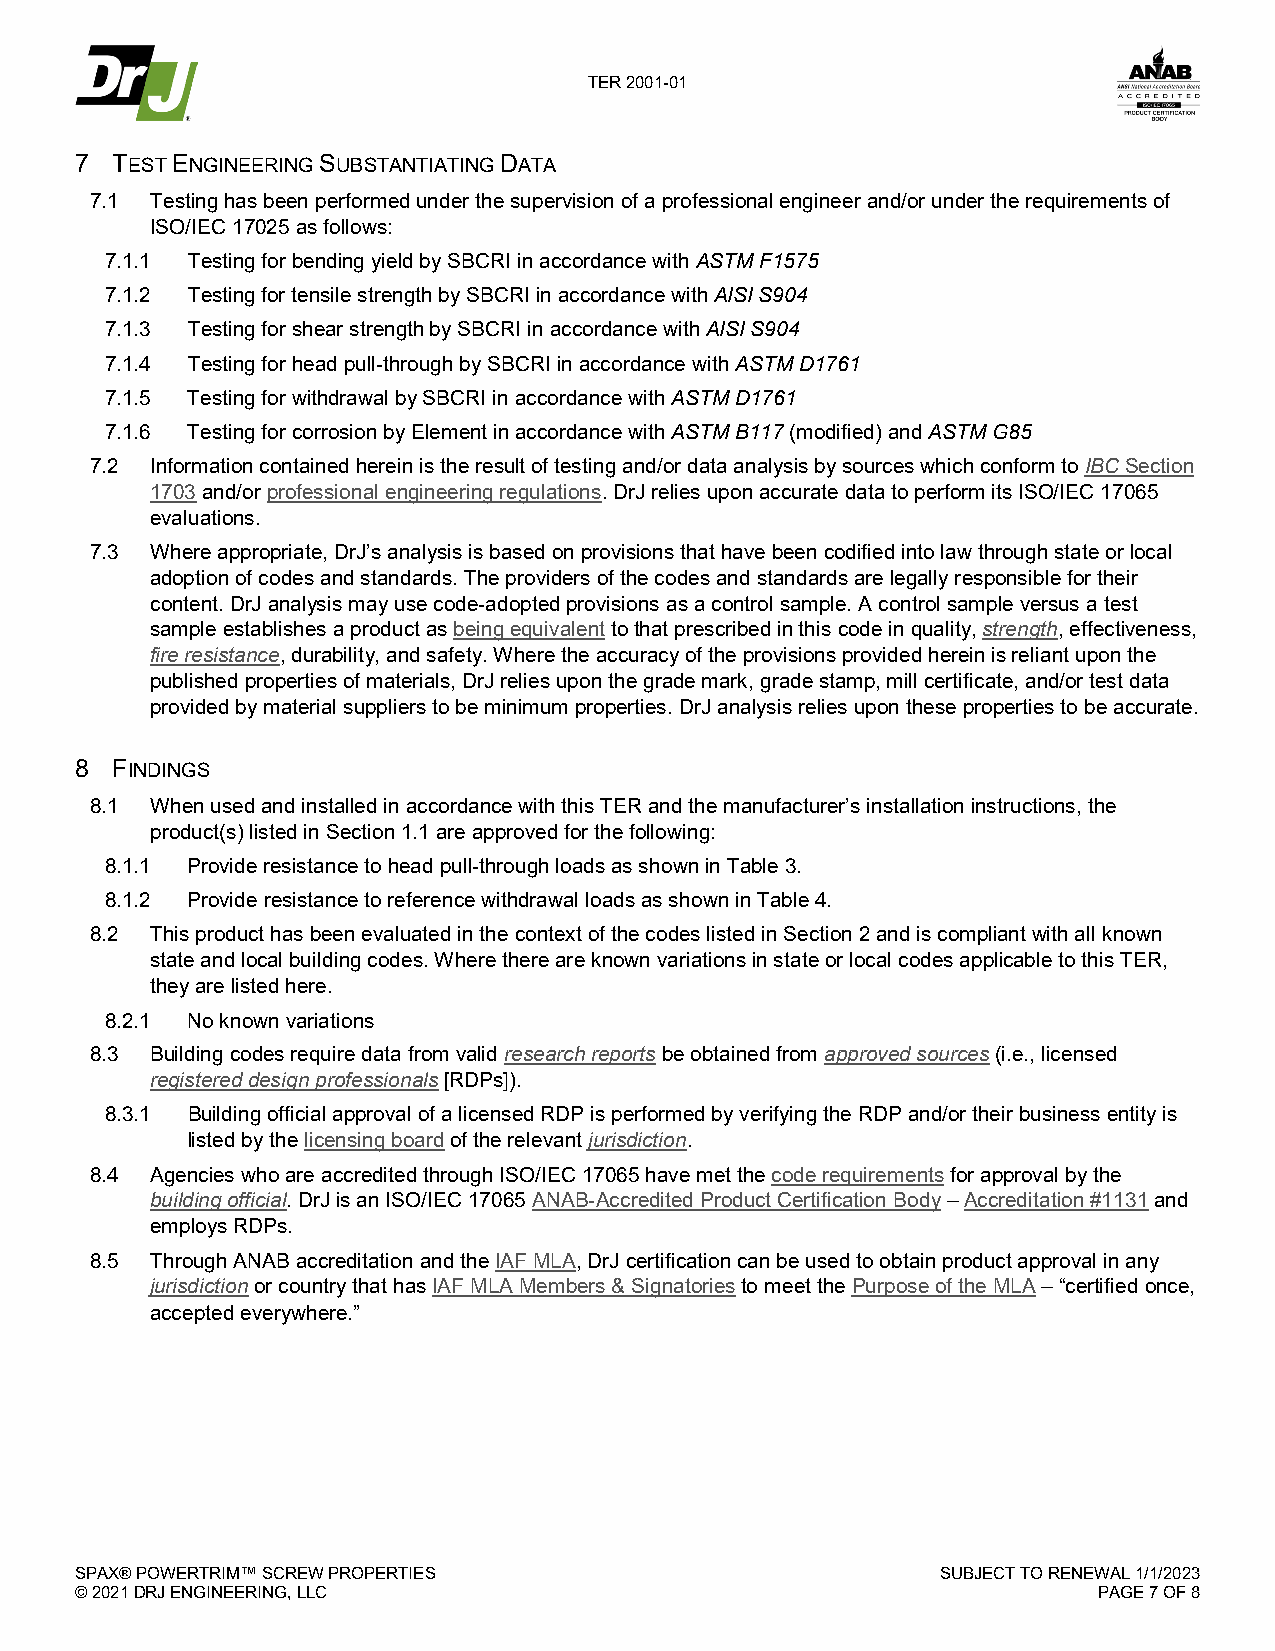
TER 2001-01
 7 TEST ENGINEERING SUBSTANTIATING DATA
 7.1 Testing has been performed under the supervision of a professional engineer and/or under the requirements of
 ISO/IEC 17025 as follows:
 7.1.1 Testing for bending yield by SBCRI in accordance with ASTM F1575
 7.1.2 Testing for tensile strength by SBCRI in accordance with AISI S904
 7.1.3 Testing for shear strength by SBCRI in accordance with AISI S904
 7.1.4 Testing for head pull-through by SBCRI in accordance with ASTM D1761
 7.1.5 Testing for withdrawal by SBCRI in accordance with ASTM D1761
 7.1.6 Testing for corrosion by Element in accordance with ASTM B117 (modified) and ASTM G85
 7.2 Information contained herein is the result of testing and/or data analysis by sources which conform to IBC Section
 1703 and/or professional engineering regulations. DrJ relies upon accurate data to perform its ISO/IEC 17065
 evaluations.
 7.3 Where appropriate, DrJ’s analysis is based on provisions that have been codified into law through state or local
 adoption of codes and standards. The providers of the codes and standards are legally responsible for their
 content. DrJ analysis may use code-adopted provisions as a control sample. A control sample versus a test
 sample establishes a product as being equivalent to that prescribed in this code in quality, strength, effectiveness,
 fire resistance, durability, and safety. Where the accuracy of the provisions provided herein is reliant upon the
 published properties of materials, DrJ relies upon the grade mark, grade stamp, mill certificate, and/or test data
 provided by material suppliers to be minimum properties. DrJ analysis relies upon these properties to be accurate.
 8 FINDINGS
 8.1 When used and installed in accordance with this TER and the manufacturer’s installation instructions, the
 product(s) listed in Section 1.1 are approved for the following:
 8.1.1 Provide resistance to head pull-through loads as shown in Table 3.
 8.1.2 Provide resistance to reference withdrawal loads as shown in Table 4.
 8.2 This product has been evaluated in the context of the codes listed in Section 2 and is compliant with all known
 state and local building codes. Where there are known variations in state or local codes applicable to this TER,
 they are listed here.
 8.2.1 No known variations
 8.3 Building codes require data from valid research reports be obtained from approved sources (i.e., licensed
 registered design professionals [RDPs]).
 8.3.1 Building official approval of a licensed RDP is performed by verifying the RDP and/or their business entity is
 listed by the licensing board of the relevant jurisdiction.
 8.4 Agencies who are accredited through ISO/IEC 17065 have met the code requirements for approval by the
 building official. DrJ is an ISO/IEC 17065 ANAB-Accredited Product Certification Body – Accreditation #1131 and
 employs RDPs.
 8.5 Through ANAB accreditation and the IAF MLA, DrJ certification can be used to obtain product approval in any
 jurisdiction or country that has IAF MLA Members & Signatories to meet the Purpose of the MLA – “certified once,
 accepted everywhere.”
 SPAX® POWERTRIM™ SCREW PROPERTIES                        SUBJECT TO RENEWAL 1/1/2023
 © 2021 DRJ ENGINEERING, LLC                                         PAGE 7 OF 8